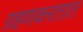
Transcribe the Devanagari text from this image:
ग्रहणकरतात